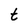
Character: t